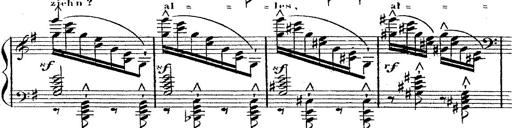
Title: 12 Lieder von Franz Schubert
Composer: Franz Liszt